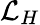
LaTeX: \mathcal{L}_{H}